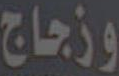
وزجاج